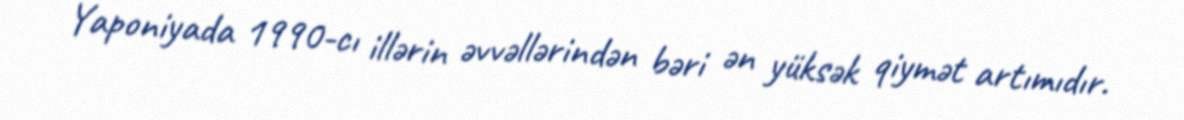
Yaponiyada 1990-cı illərin əvvəllərindən bəri ən yüksək qiymət artımıdır.